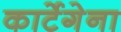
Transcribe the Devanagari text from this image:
कार्टेगेना